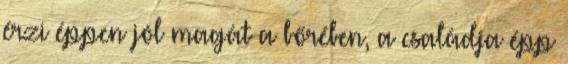
érzi éppen jól magát a bőrében, a családja épp